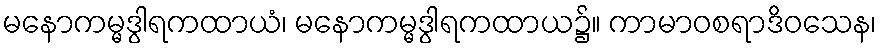
မနောကမ္မဒွါရကထာယံ၊ မနောကမ္မဒွါရကထာယ၌။ ကာမာဝစရာဒိဝသေန၊